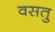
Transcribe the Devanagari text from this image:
वसतु